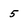
Character: 5